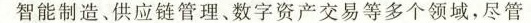
智能制造、供应链管理、数字资产交易等多个领域，尽管